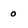
Character: o